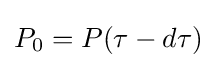
{\textstyle P_{0}=P(\tau -d\tau )}